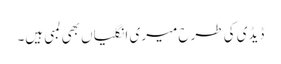
ڈیڈی کی طرح میری انگلیاں بھی لمبی ہیں۔